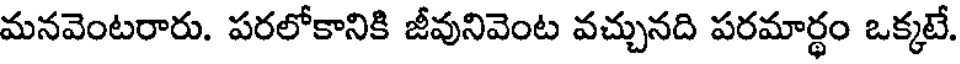
మనవెంటరారు. పరలోకానికి జీవునివెంట వచ్చునది పరమార్థం ఒక్కటే.